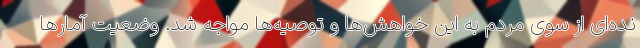
نده‌ای از سوی مردم به این خواهش‌ها و توصیه‌ها مواجه شد. وضعیت آمارها